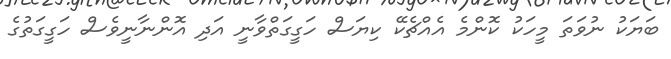
ބަޔަކު ނުވަތަ މީހަކު ކޮންމެ އެއްޗެކޭ ކިޔަސް ހަގީގަތްވާނީ އަދި އޮންނާނީވެސް ހަގީގަތުގެ